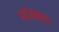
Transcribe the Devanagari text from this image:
पदोन्नत।